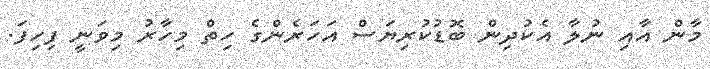
މާން އާއި ނުލާ އެކުދިން ބޮޑުކުރިޔަސް އަހަރެންގެ ހިތް މިހާރު މިވަނީ ފިހިފަ.